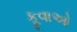
કૂવાઓ